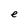
Character: e